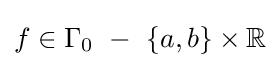
f\in \Gamma _{0}\ -\ \{a,b\}\times \mathbb {R}